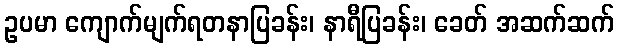
ဥပမာ ကျောက်မျက်ရတနာပြခန်း၊ နာရီပြခန်း၊ ခေတ် အဆက်ဆက်